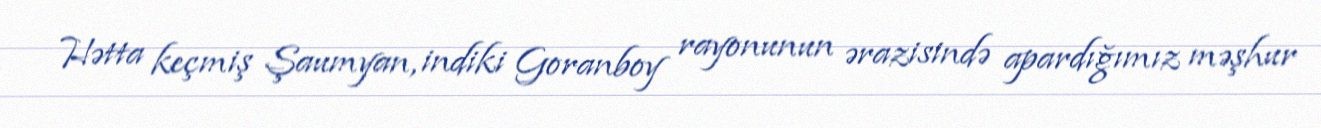
Hətta keçmiş Şaumyan, indiki Goranboy rayonunun ərazisində apardığımız məşhur